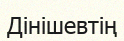
Дінішевтің